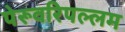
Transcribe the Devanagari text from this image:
पेरूवरिपल्लम